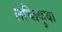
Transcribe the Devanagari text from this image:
लेच्तिकुवा